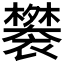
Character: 𬡲